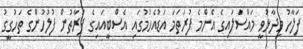
ފަލާހު ވިދާޅުވީ މައްސަލައިގެ އެންމެ ފުރަތަމަ އަޑުއެހުމުގައި އެސްބީއައިގެ ފަރާތުން ފުލުހުންގެ ތަހުގީގު